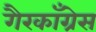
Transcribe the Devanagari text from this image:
गैरकाँग्रेस